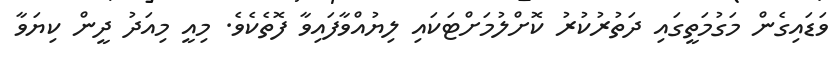
ވަޑައިގެން މަގުމަތީގައި ދަތުރުކުރު ކޮށްލުމަށްޓަކައި ލިޔުއްވާފައިވާ ފޮތެކެވެ. މިއީ މިއަދު ދީން ކިޔަވާ